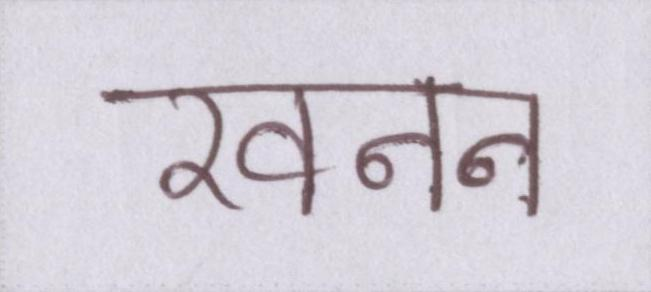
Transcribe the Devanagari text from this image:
खनन